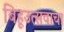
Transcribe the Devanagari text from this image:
बिहूउत्सवाचा